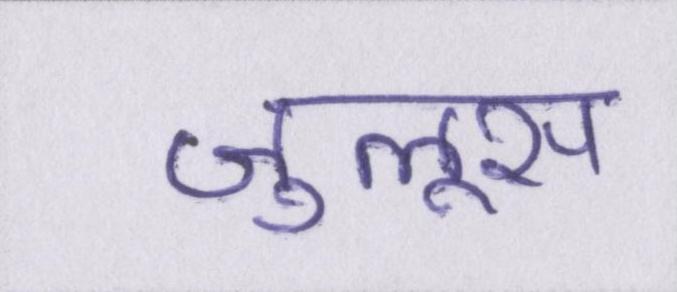
जुलूस